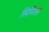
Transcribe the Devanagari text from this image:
सिमिली